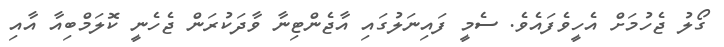
ގޯލު ޖެހުމަށް އެހީވެފައެވެ. ސެމީ ފައިނަލުގައި އާޖެންޓިނާ ވާދަކުރަން ޖެހެނީ ކޮލަމްބިއާ އާއި